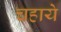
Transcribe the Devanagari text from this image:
चहाये